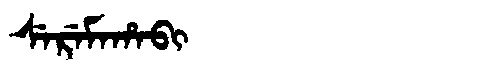
Manchu: ᠰᡝᡵᡝᠮᠠᡥᠠᠪᡳ
Romanization: SEREMAHABI